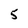
Character: 5